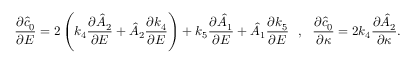
\frac { \partial \hat { c } _ { 0 } } { \partial E } = 2 \left( k _ { 4 } \frac { \partial \hat { A } _ { 2 } } { \partial E } + \hat { A } _ { 2 } \frac { \partial k _ { 4 } } { \partial E } \right) + k _ { 5 } \frac { \partial \hat { A } _ { 1 } } { \partial E } + \hat { A } _ { 1 } \frac { \partial k _ { 5 } } { \partial E } ~ ~ , ~ ~ \frac { \partial \hat { c } _ { 0 } } { \partial \kappa } = 2 k _ { 4 } \frac { \partial \hat { A } _ { 2 } } { \partial \kappa } .